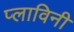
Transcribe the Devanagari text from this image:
प्लाविनी